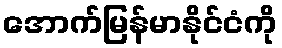
အောက်မြန်မာနိုင်ငံကို